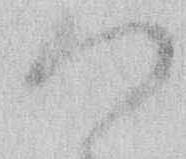
御